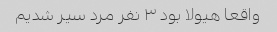
واقعا هیولا بود ۳ نفر مرد سیر شدیم